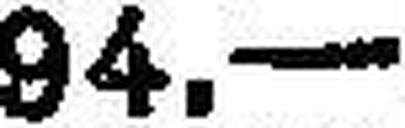
94.—